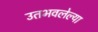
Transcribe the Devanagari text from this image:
उतभवलेल्या